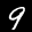
Label: 9